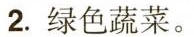
2.绿色蔬菜。